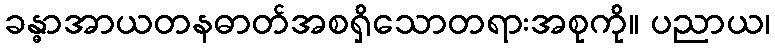
ခန္ဓာအာယတနဓာတ်အစရှိသောတရားအစုကို။ ပညာယ၊